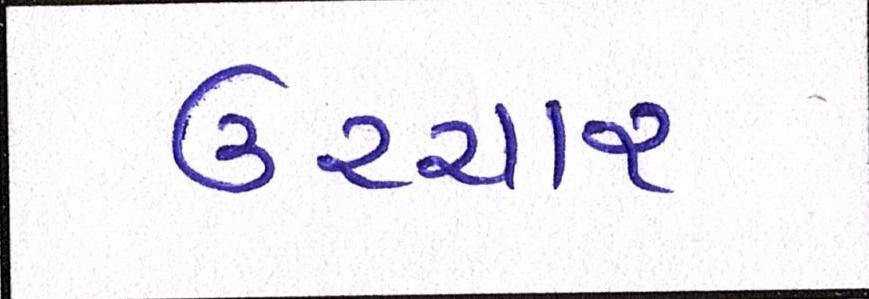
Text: ઉચ્ચાર